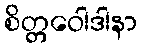
စိတ္တဝေါဒါနာ